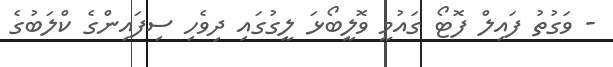
- ވަގުތު ފައިލް ފޮޓޯ ގައުމީ ވޮލީބޯޅަ ލީގުގައި ދިވެހި ސިފައިންގެ ކްލަބުގެ